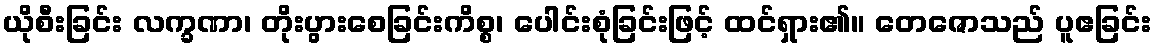
ယိုစီးခြင်း လက္ခဏာ၊ တိုးပွားစေခြင်းကိစ္စ၊ ပေါင်းစုံခြင်းဖြင့် ထင်ရှား၏။ တေဇောသည် ပူဧခြင်း